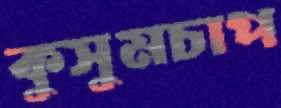
কুসুমচাপ